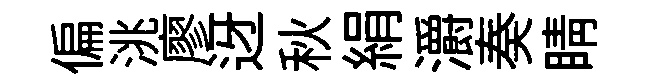
偏洮廖迓秋絹灂奏睛